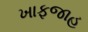
ખાફજાહ